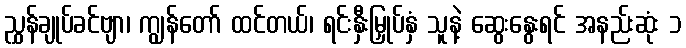
ညွှန်ချုပ်ခင်ဗျာ၊ ကျွန်တော် ထင်တယ်၊ ရင်းနှီးမြှုပ်နှံ သူနဲ့ ဆွေးနွေးရင် အနည်းဆုံး ၁